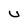
Character: u